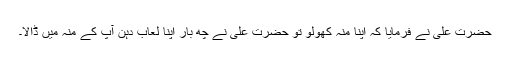
حضرت علیؓ نے فرمایا کہ اپنا منہ کھولو تو حضرت علیؓ نے چھ بار اپنا لعاب دہن آپ کے منہ میں ڈالا۔